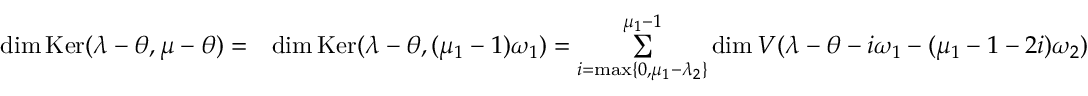
\begin{array} { r l } { \dim \operatorname { K e r } ( \lambda - \theta , \mu - \theta ) = } & { \dim \operatorname { K e r } ( \lambda - \theta , ( \mu _ { 1 } - 1 ) \omega _ { 1 } ) = \underset { i = \operatorname* { m a x } \{ 0 , \mu _ { 1 } - \lambda _ { 2 } \} } { \overset { \mu _ { 1 } - 1 } { \sum } } \dim V ( \lambda - \theta - i \omega _ { 1 } - ( \mu _ { 1 } - 1 - 2 i ) \omega _ { 2 } ) } \end{array}